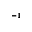
^ { - 1 }